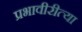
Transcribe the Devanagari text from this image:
प्रभावीरीत्या